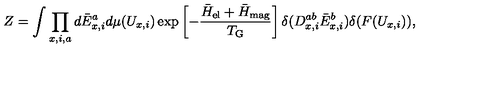
Z = \int \prod _ { x , i , a } d \bar { E } _ { x , i } ^ { a } d \mu ( U _ { x , i } ) \exp \left[ - { \frac { \bar { H } _ { \mathrm { e l } } + \bar { H } _ { \mathrm { m a g } } } { T _ { \mathrm { G } } } } \right] \delta ( D _ { x , i } ^ { a b } \bar { E } _ { x , i } ^ { b } ) \delta ( F ( U _ { x , i } ) ) ,